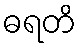
ဓရတိ